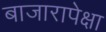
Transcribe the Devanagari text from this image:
बाजारापेक्षा